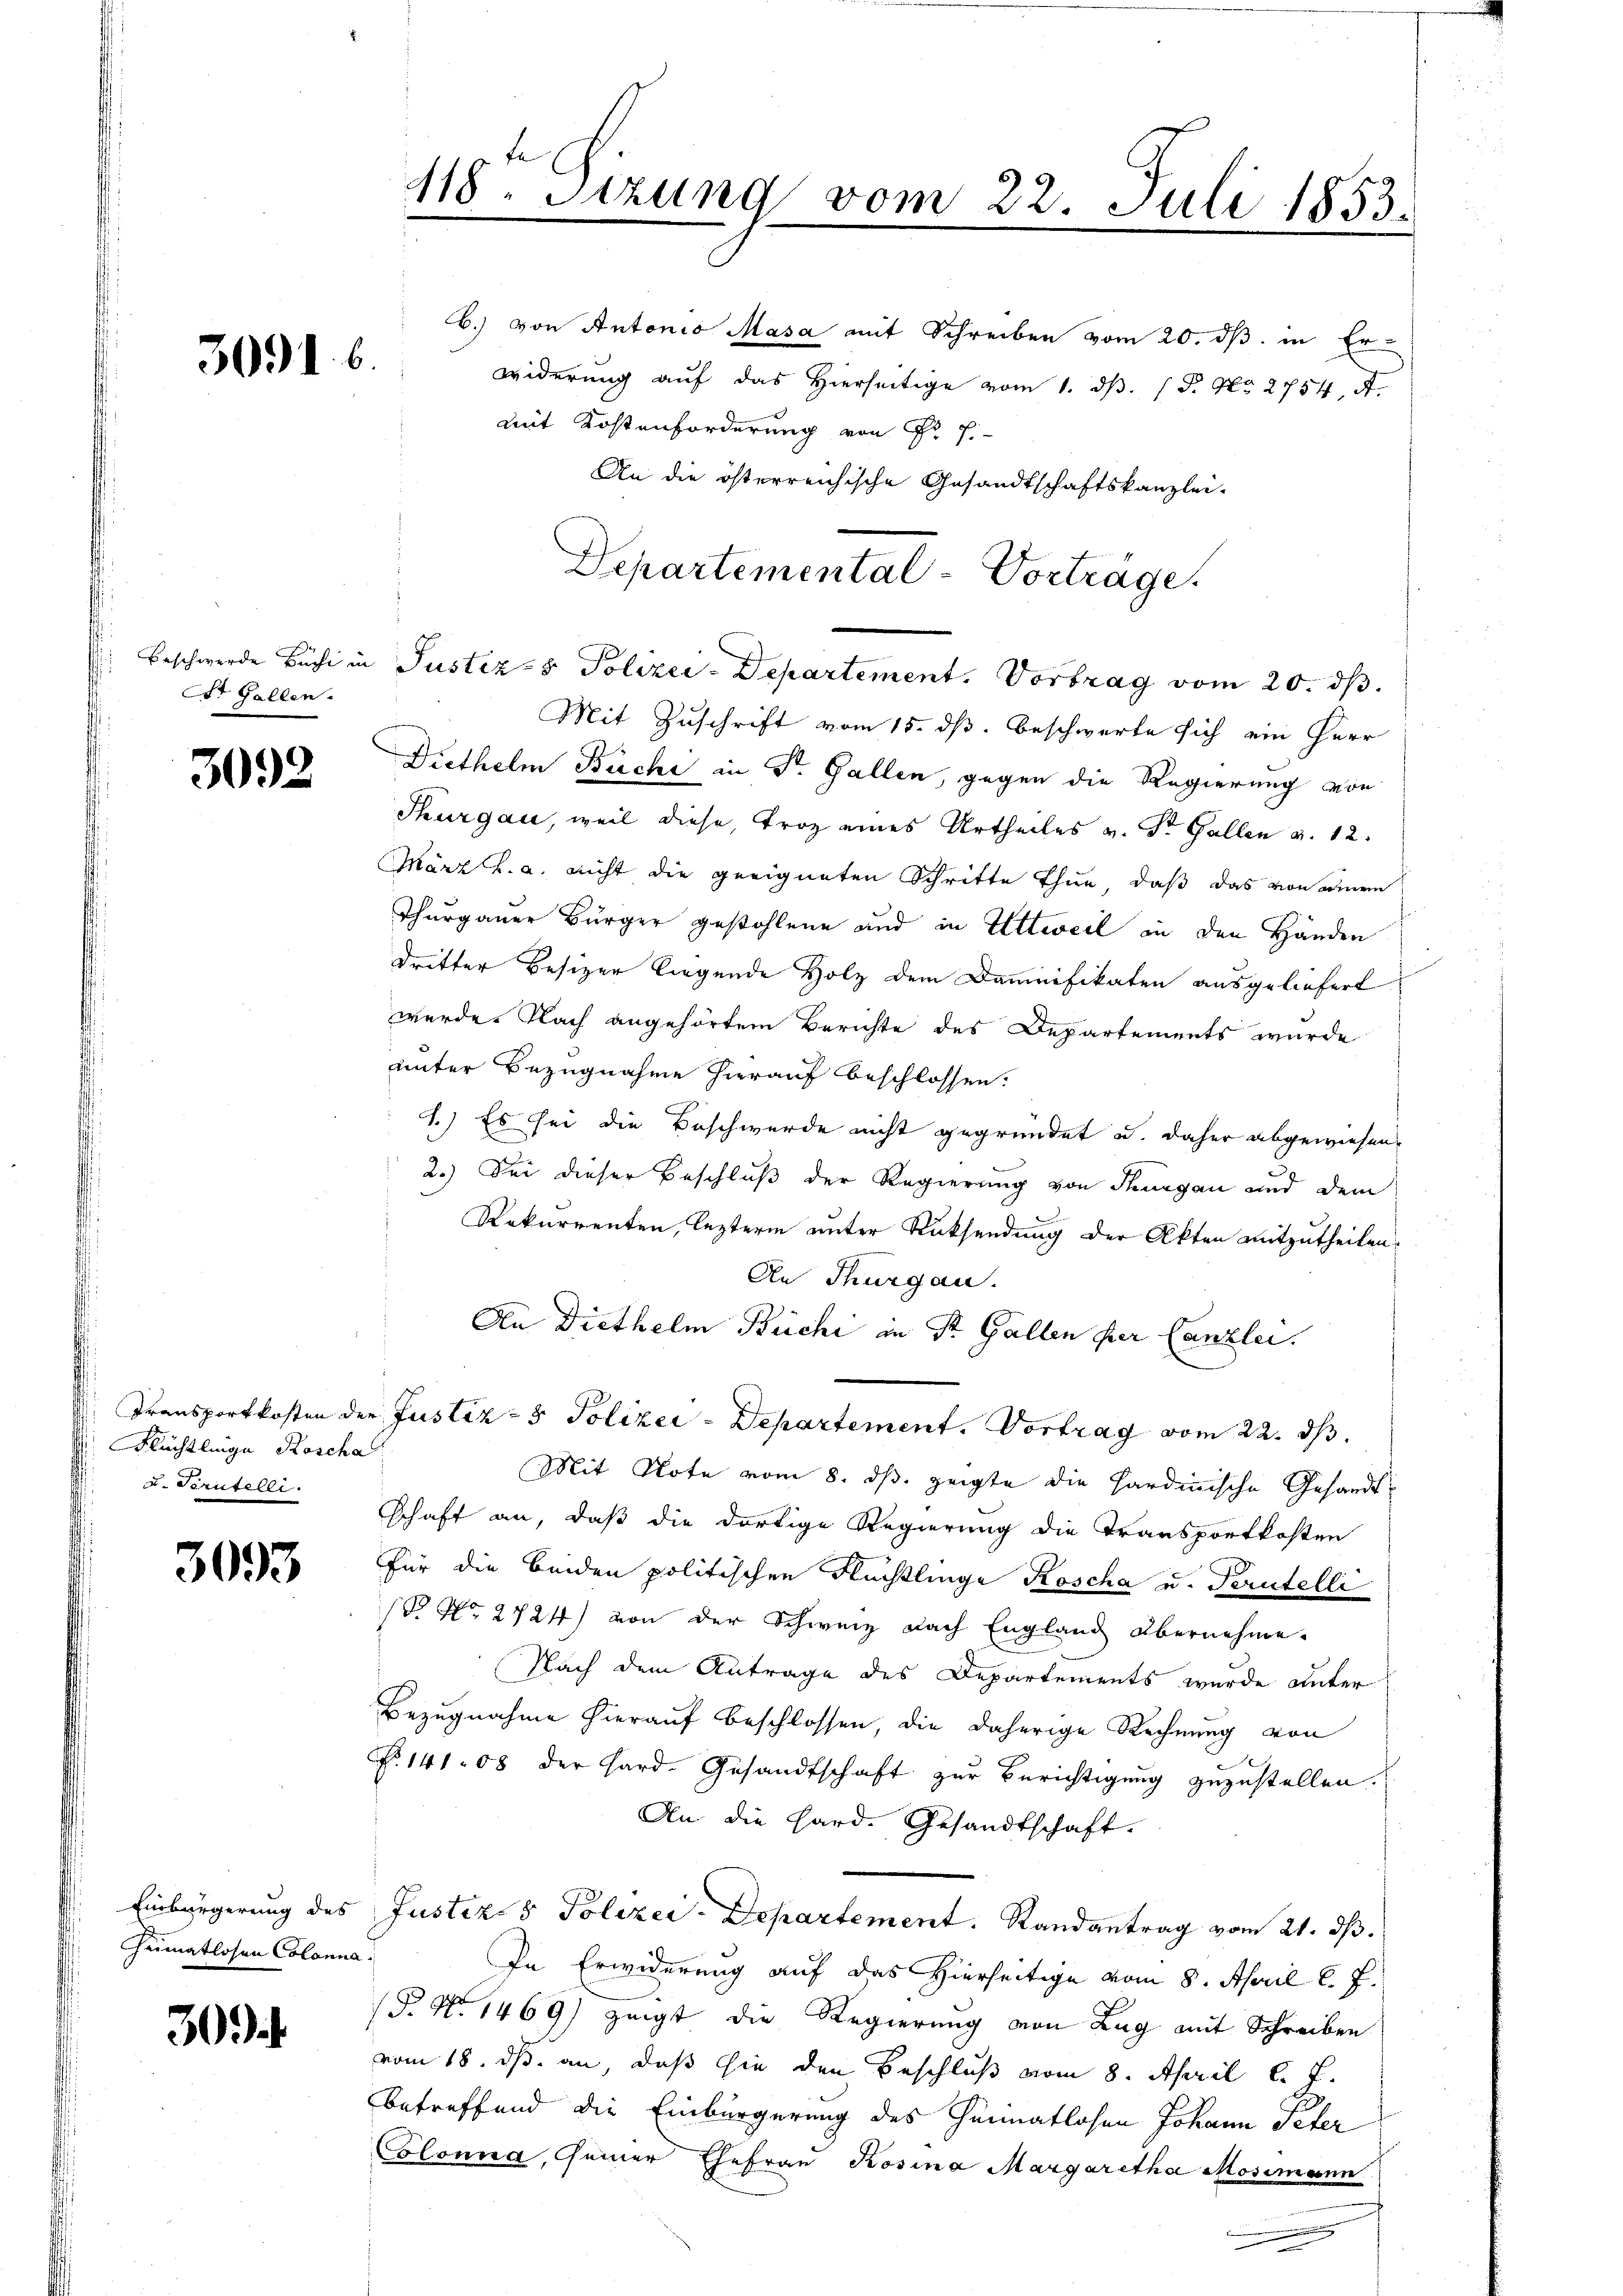
3091. 6

St. Gallen.

3092

Flüchtlinge Roscha
u. Scrutelli

3093

Heimatlosen Colonna

30

b.) von Antonio Masa mit Schreiben vom 20. ds. in Erwiderung auf das Hierseitige vom 1. ds. P. Nr. 2754, A.
mit Kostenforderung von Sr E
An die österreichische Gesandtschaftskanzlei-
Beschwerde Büchi in Justiz- & Polizei-Departement. Vortrag vom 20. ds.
Mit Zuschrift vom 15. dß. beschwerte sich ein Herr
Diethelm Büchi in Dr. Gallen, gegen die Regierung von
Thurgau, weil diese Troz eines Urtheiles v. Dr. Gallen a. 12.
März h. a. nicht die geeigneten Schritte thun, daß das von einem
Thurgauer Bürger gestohlene und in Wittweil in den Händen
dritter Besizer liegende Holz dem Damnifikaten ausgeliefert
werde. Nach angehörtem Berichte des Departements wurde
unter Bezugnahme hierauf beschlossen.
1.) Es sei die Beschwerde nicht gegründet u. daher abgewiesen.
2.) Sei dieser Beschluß der Regierung von Thurgau und dem
Rekurrenten, lezterm unter Rücksendung der Akten mitzutheilen.
An Thurgau.
An Diethelm Büchi in St. Gallen per Canzlei.
Transportkosten der Justiz- & Polizei-Departement. Vortrag vom 22. ds.
Mit Note vom 8. ds. zeigte die Hardinische Gesandtschaft an, daß die dortige Regierung die Transportkosten
Für die beiden politischen Rechtlinge Koscha u. Perutelli
 No 2724) von der Schweiz nach England übernehme.
Nach dem Antrage des Departements wurde unter
Bezugnahme hierauf beschlossen, die daherige Rechnung von
No. 141. 08 der Hard-Gesandtschaft zur Berichtigung zuzustellen.
An die Hard. Gesandtschaft.
Einbürgerung des Justiz & Polizei-Departement. Randantrag vom 21. ds.
In Erwiderung auf das Hierseitige vom 8. April l. J.
P. Nr. 1469) zeigt die Regierung von Lag mit Schreiben
vom 18. ds. an, daß sie den Beschluß vom 8. April l. J.
betreffend die Einbürgerung des Heimatlosen Johann Peter
Colonna, seiner Ehefrau Rosina Margaretha Mosimann

118. Sitzung vom 22. Juli 1853.

Departemental-Vorträge.